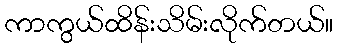
ကာကွယ်ထိန်းသိမ်းလိုက်တယ်။